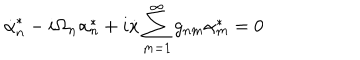
LaTeX: \dot { \alpha } _ { n } ^ { * } - i \Omega _ { n } \alpha _ { n } ^ { * } + i \dot { x } \sum _ { m = 1 } ^ { \infty } g _ { n m } \alpha _ { m } ^ { * } = 0